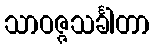
သာဝဇ္ဇသင်္ခါတာ